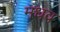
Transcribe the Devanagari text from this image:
मधव